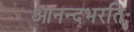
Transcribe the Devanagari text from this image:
आनन्दभरतिः